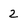
Character: 2